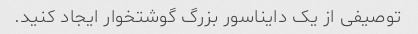
توصیفی از یک دایناسور بزرگ گوشتخوار ایجاد کنید.